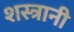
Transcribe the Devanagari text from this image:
शस्त्रानी